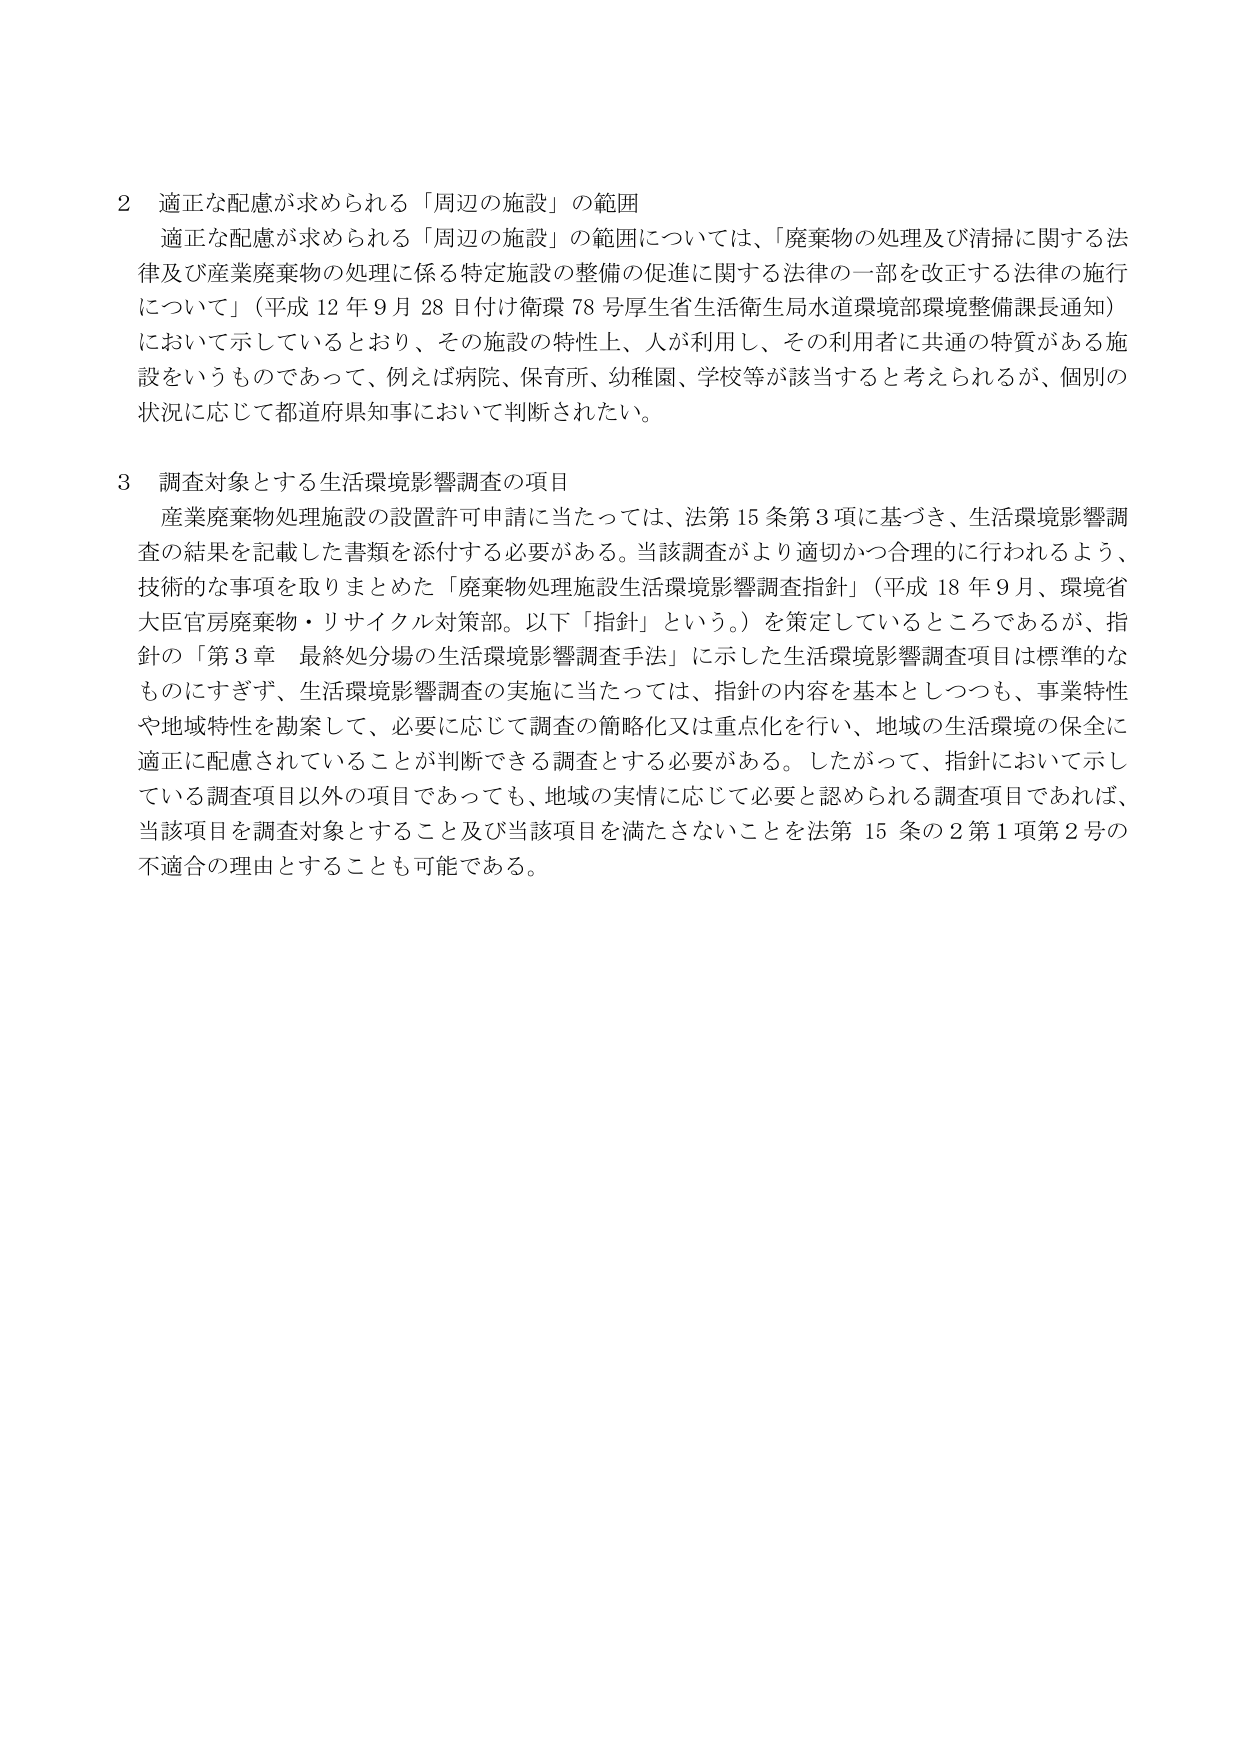
2 適正な配慮が求められる「周辺の施設」の範囲
適正な配慮が求められる「周辺の施設」の範囲については、「廃棄物の処理及び清掃に関する法律及び産業廃棄物の処理に係る特定施設の整備の促進に関する法律の一部を改正する法律の施行について」（平成12年9月28日付け衛環78号厚生省生活衛生局水道環境部環境整備課長通知）において示しているとおり、その施設の特性上、人が利用し、その利用者に共通の特質がある施設をいうものであって、例えば病院、保育所、幼稚園、学校等が該当すると考えられるが、個別の状況に応じて都道府県知事において判断されたい。

3 調査対象とする生活環境影響調査の項目
産業廃棄物処理施設の設置許可申請に当たっては、法第15条第3項に基づき、生活環境影響調査の結果を記載した書類を添付する必要がある。当該調査がより適切かつ合理的に行われるよう、技術的な事項を取りまとめた「廃棄物処理施設生活環境影響調査指針」（平成18年9月、環境省大臣官房廃棄物・リサイクル対策部。以下「指針」という。）を策定しているところであるが、指針の「第3章 最終処分場の生活環境影響調査手法」に示した生活環境影響調査項目は標準的なものにすぎず、生活環境影響調査の実施に当たっては、指針の内容を基本としつつも、事業特性や地域特性を勘案して、必要に応じて調査の簡略化又は重点化を行い、地域の生活環境の保全に適正に配慮されていることが判断できる調査とする必要がある。したがって、指針において示している調査項目以外の項目であっても、地域の実情に応じて必要と認められる調査項目であれば、当該項目を調査対象とすること及び当該項目を満たさないことを法第15条の2第1項第2号の不適合の理由とすることも可能である。